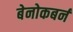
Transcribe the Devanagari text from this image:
बेनोकबर्न